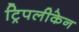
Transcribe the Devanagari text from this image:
ट्रिपलीकेन